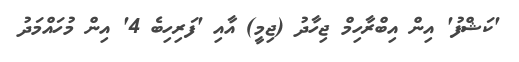
'ކަޝްފު' އިން އިބްރާހިމް ޖިހާދު (ޖިމީ) އާއި 'ފަރިހިބެ 4' އިން މުހައްމަދު